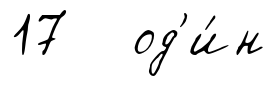
17 од'и́н